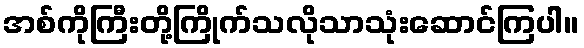
အစ်ကိုကြီးတို့ကြိုက်သလိုသာသုံးဆောင်ကြပါ။